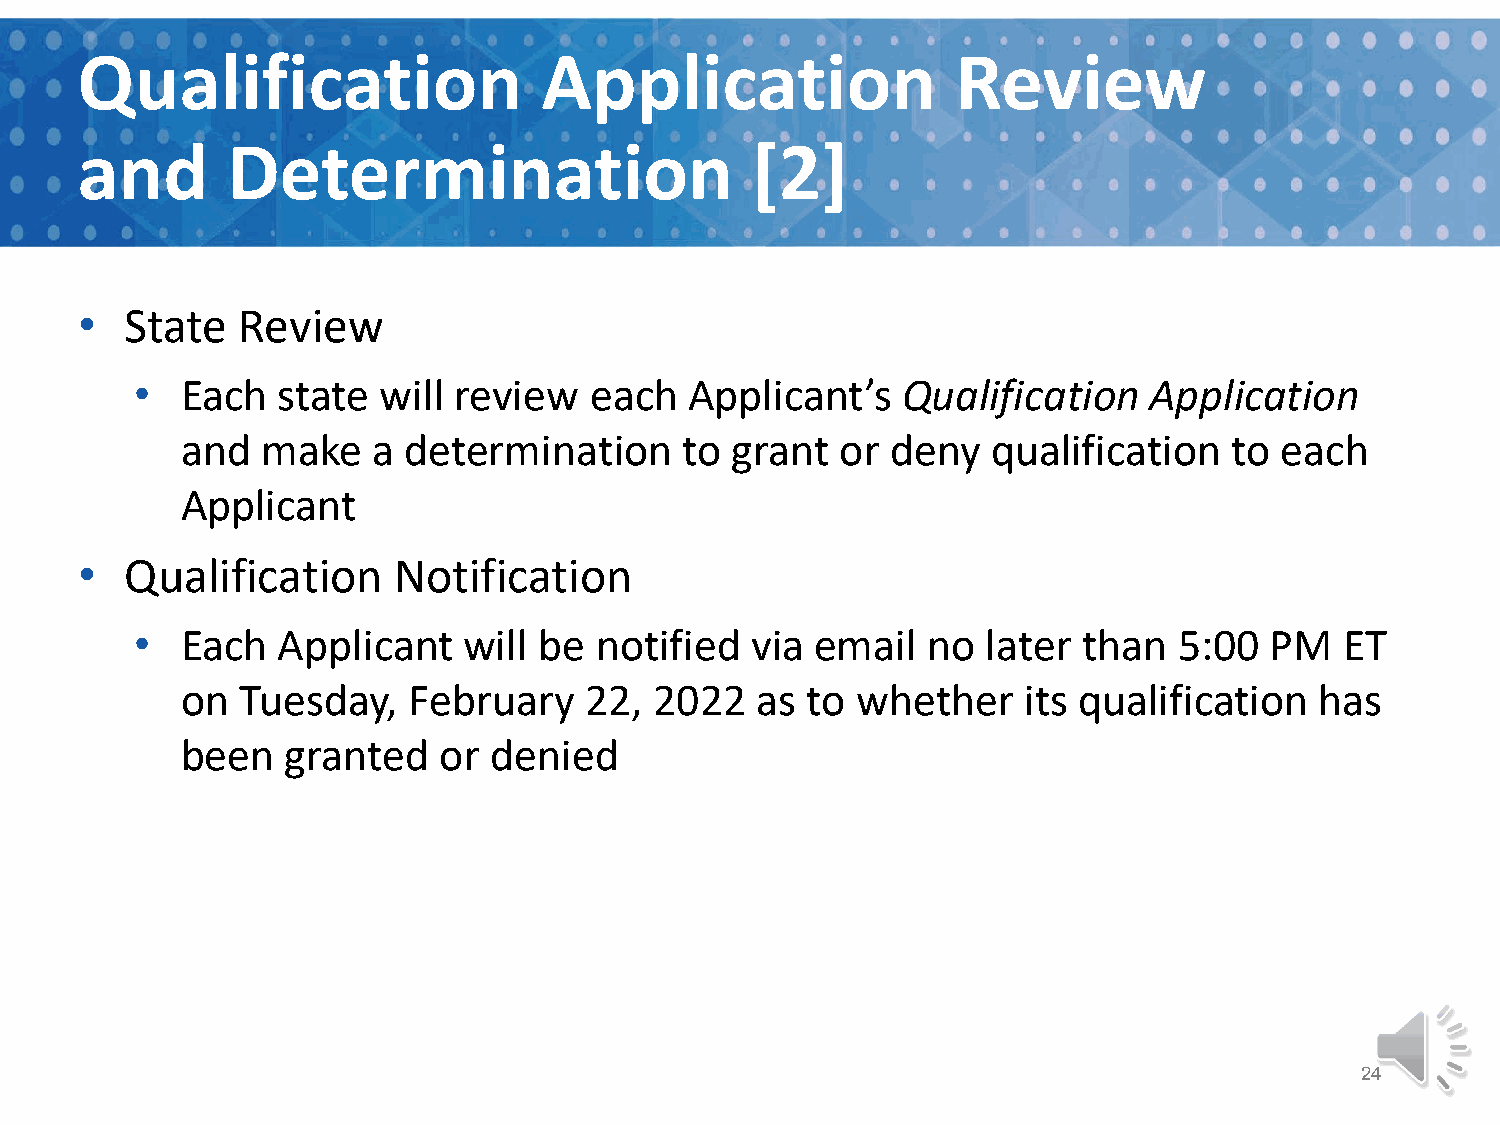
Qualification                  Application                Review
 and       Determination                      [2]
 •  State   Review
 •  Each  state  will review   each   Applicant’s   Qualification   Application
 and  make    a determination     to grant   or deny   qualification   to each
 Applicant
 •  Qualification     Notification
 •  Each  Applicant    will be notified   via email  no  later  than  5:00  PM   ET
 on  Tuesday,   February    22, 2022   as to  whether    its qualification  has
 been   granted   or denied
 24